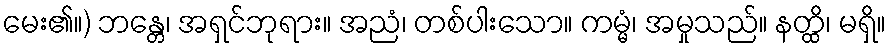
မေး၏။) ဘန္တေ၊ အရှင်ဘုရား။ အညံ၊ တစ်ပါးသော။ ကမ္မံ၊ အမှုသည်။ နတ္ထိ၊ မရှိ။